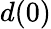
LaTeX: d(0)